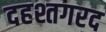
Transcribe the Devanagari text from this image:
दहश्तगरद